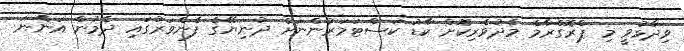
ވިދާޅުވީ މި ޕްރޮގްރާމް މެދުވެރިކޮށް ކާޑު ކަސްޓަމަރުންނަށް ދުނިޔޭގެ ފެންވަރުގައި ދެމުން އަންނަ